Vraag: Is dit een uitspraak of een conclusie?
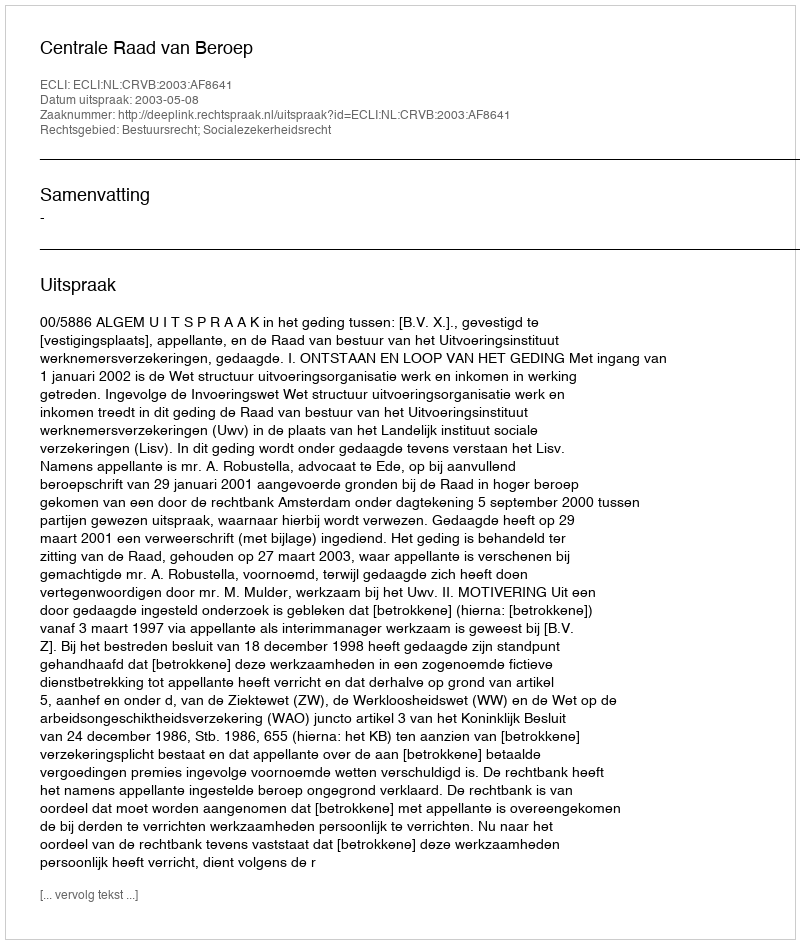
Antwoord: Uitspraak